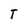
Character: T